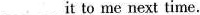
___ it to me next time.